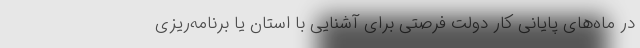
در ماه‌های پایانی کار دولت فرصتی برای آشنایی با استان یا برنامه‌ریزی